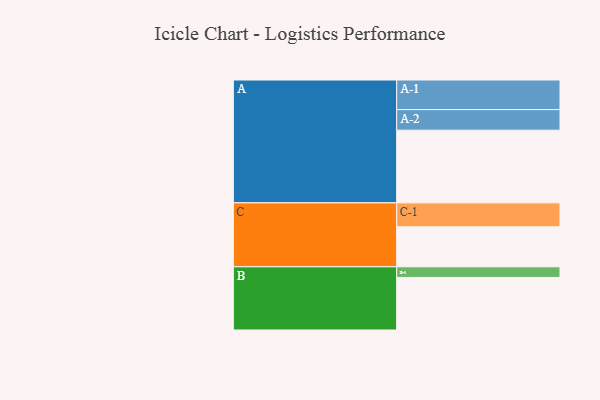
{"axis": {"x": "Segment", "y": "Value"}, "legend": ["", "A", "B", "C"], "data": [{"x": "A", "y": 580, "type": ""}, {"x": "B", "y": 419, "type": ""}, {"x": "C", "y": 319, "type": ""}, {"x": "A-1", "y": 236, "type": "A"}, {"x": "A-2", "y": 164, "type": "A"}, {"x": "B-1", "y": 85, "type": "B"}, {"x": "C-1", "y": 191, "type": "C"}]}